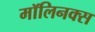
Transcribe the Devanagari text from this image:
मॉलिनक्स